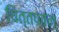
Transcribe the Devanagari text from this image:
चित्तपवन